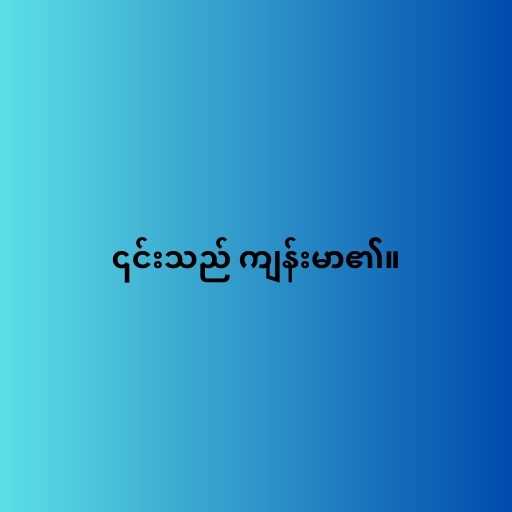
၎င်းသည် ကျန်းမာ၏။